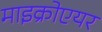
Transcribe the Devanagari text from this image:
माइक्रोएयर